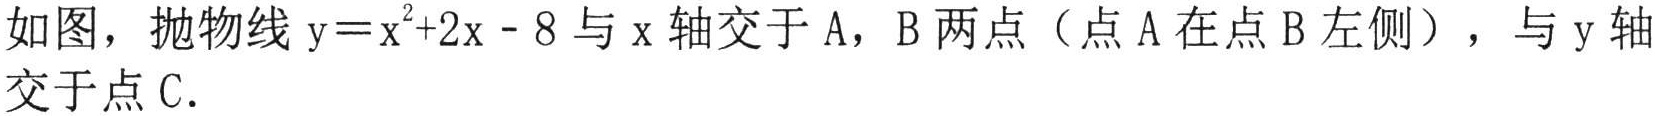
如图，抛物线 \(y = x^{2}+2x - 8\) 与 \(x\) 轴交于 \(A\)，\(B\) 两点（点 \(A\) 在点 \(B\) 左侧），与 \(y\) 轴交于点 \(C\).